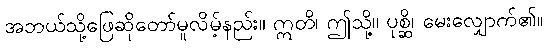
အဘယ်သို့ဖြေဆိုတော်မူလိမ့်နည်း။ ဣတိ၊ ဤသို့။ ပုစ္ဆိ၊ မေးလျှောက်၏။